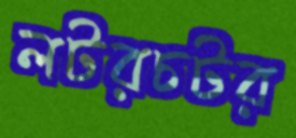
লটরচটর